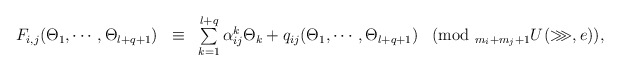
\begin{align*}\begin{array}{llllll}&F_{i,j}(\Theta_1,\cdots,\Theta_{l+q+1})&\equiv&\sum\limits_{k=1}^{l+q}\alpha_{ij}^k\Theta_k+q_{ij}(\Theta_1,\cdots,\Theta_{l+q+1})&(\mbox{mod }_{m_i+m_j+1}U^{}(\ggg,e)),\end{array}\end{align*}